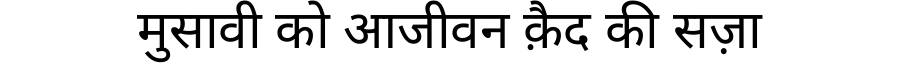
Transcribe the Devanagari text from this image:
मुसावी को आजीवन क़ैद की सज़ा